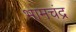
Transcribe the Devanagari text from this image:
भामचंद्र